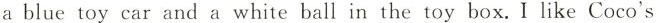
a blue toy car and a white ball in the toy box.I like Coco's